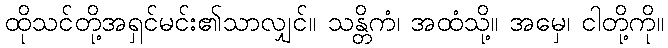
ထိုသင်တို့အရှင်မင်း၏သာလျှင်။ သန္တိကံ၊ အထံသို့။ အမှေ၊ ငါတို့ကို။